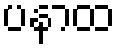
ပနာထ